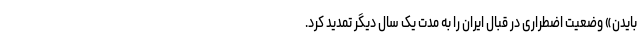
بایدن» وضعیت اضطراری در قبال ایران را به مدت یک سال دیگر تمدید کرد.